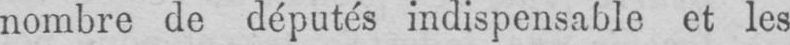
nombre de députés indispensable et les